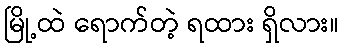
မြို့ထဲ ရောက်တဲ့ ရထား ရှိလား။